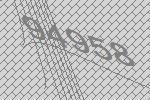
94958